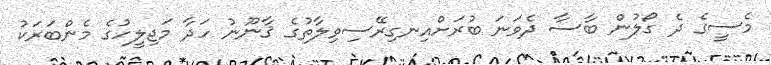
މެސީގެ ދެ ގޯލުން ބާސާ ދެވަނަ ބުރަށްއިނގިރޭސިވިލާތުގެ ޤާނޫނު ހަދާ މަޖިލީހުގެ މެންބަރަކު